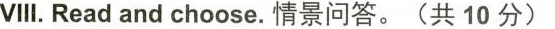
VIII.Read and choose. 情景问答。(共 10 分)